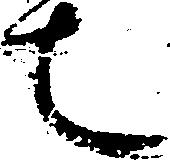
也